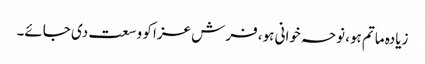
زیادہ ماتم ہو، نوحہ خوانی ہو، فرش عزا کو وسعت دی جائے۔